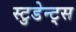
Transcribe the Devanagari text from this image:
स्टुडेन्ट्स